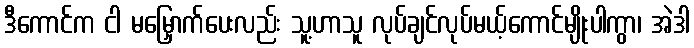
ဒီကောင်က ငါ မမြှောက်ပေးလည်း သူ့ဟာသူ လုပ်ချင်လုပ်မယ့်ကောင်မျိုးပါကွာ၊ အဲဒါ